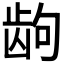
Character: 𱌮